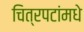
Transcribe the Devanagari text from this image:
चित्रपटांमधे